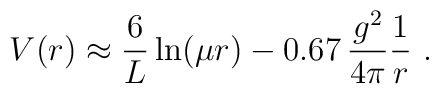
V(r)  \approx  \frac{6}{L} \ln (\mu r)  -0.67 \,\frac{g^2}{4\pi}\frac{1}{r} \ .